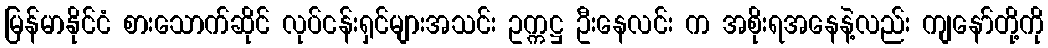
မြန်မာနိုင်ငံ စားသောက်ဆိုင် လုပ်ငန်းရှင်များအသင်း ဥက္ကဋ္ဌ ဦးနေလင်း က အစိုးရအနေနဲ့လည်း ကျနော်တို့ကို